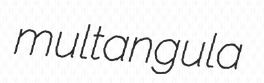
multangula